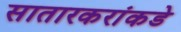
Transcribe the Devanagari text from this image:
सातारकरांकडे